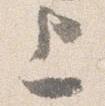
上